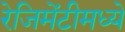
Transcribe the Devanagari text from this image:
रेजिमेंटीमध्ये